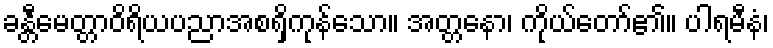
ခန္တီမေတ္တာဝိရိယပညာအစရှိကုန်သော။ အတ္တနော၊ ကိုယ်တော်၏။ ပါရမီနံ၊